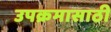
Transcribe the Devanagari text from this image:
उपक्रमासाठी